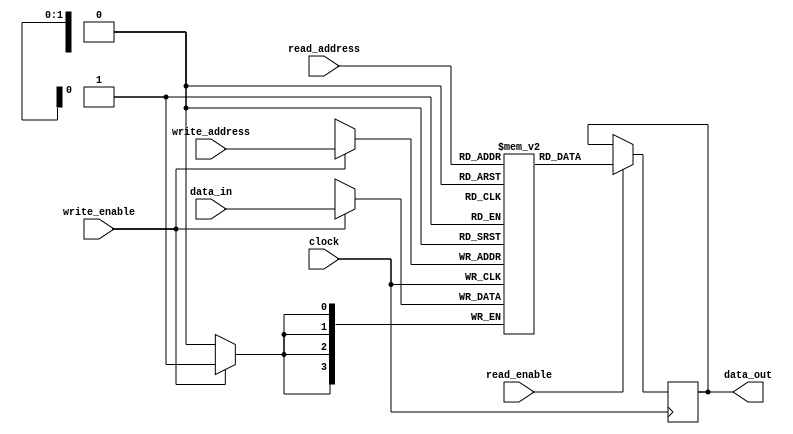
module Register_File(
    input wire [1:0] write_address,
    input wire [1:0] read_address,
    input wire [3:0] data_in,
    input wire write_enable,
    input wire read_enable,
    input wire clock,
    output reg [3:0] data_out
);

reg [3:0] registers [0:3];

always @(posedge clock) begin
    if(write_enable) begin
        registers[write_address] <= data_in;
    end
    if(read_enable) begin
        data_out <= registers[read_address];
    end
end

endmodule